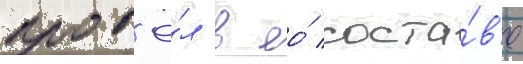
пров'ё́л в ео́ соста́в'е